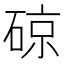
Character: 䃄